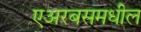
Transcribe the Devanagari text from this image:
एअरबसमधील